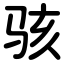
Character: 骇